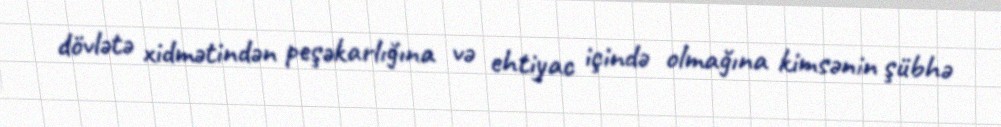
dövlətə xidmətindən peşəkarlığına və ehtiyac içində olmağına kimsənin şübhə